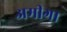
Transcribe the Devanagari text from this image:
अमीगा